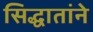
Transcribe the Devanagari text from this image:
सिद्धातांने